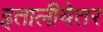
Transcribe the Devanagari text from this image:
इतालीयेतर